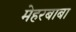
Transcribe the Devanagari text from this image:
मेहरबाबा